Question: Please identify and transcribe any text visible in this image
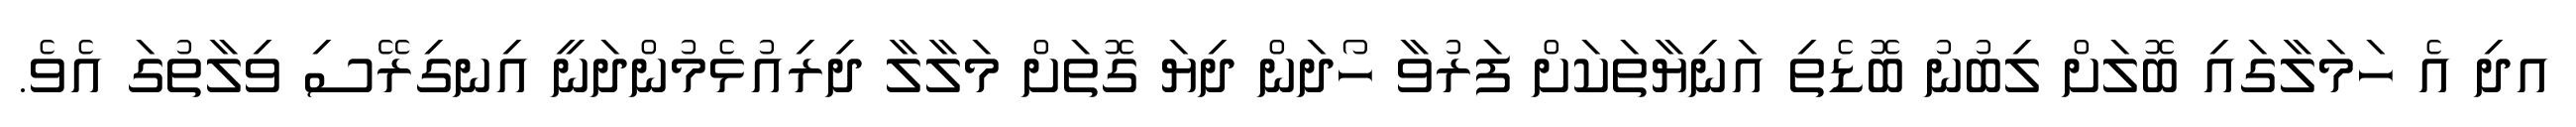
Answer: އދި އެ ހަމަލާގައި ބޮލަށް ލިބުނު ބޮޑެތި އަނިޔާތަކަށް ފަރުވާ ހޯދަން ދިޔަ ގޮތަށް މަލާލާ ދިރިއުޅެމުންދަނީ އިނގިރޭސި ވިލާތުގަ އެވެ.